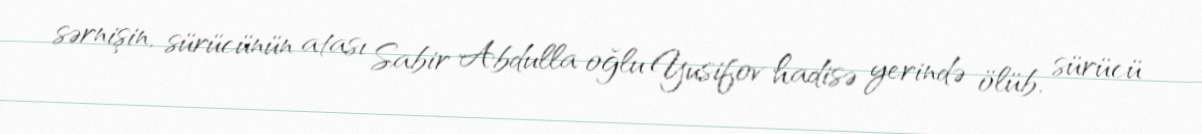
sərnişin, sürücünün atası Sabir Abdulla oğlu Yusifov hadisə yerində ölüb, sürücü